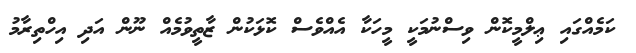
ކަމެއްގައި ޢިލްމީކޮން ވިސްނުމަކީ މީހަކާ އެއްވެސް ކޮޅަކުން ޒާތީވުމެއް ނޫން އަދި އިހްތިރާމު